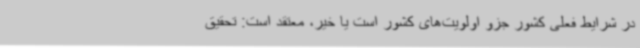
در شرایط فعلی کشور جزو اولویت‌های کشور است یا خیر، معتقد است: تحقیق